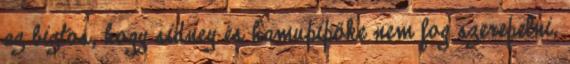
az biztos, hogy sidney és hamupipőke nem fog szerepelni,